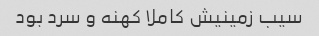
سیب زمینیش کاملا کهنه و سرد بود